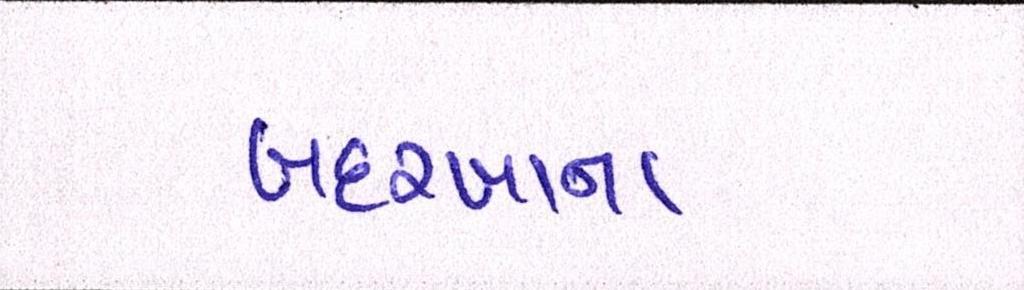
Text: બદરખાના